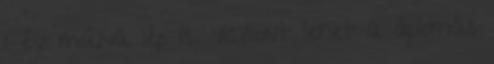
1 év múlva lép is. Viszont lehet a diplomás